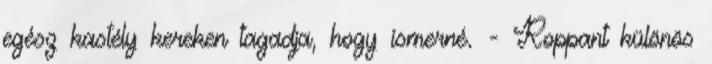
egész kastély kereken tagadja, hogy ismerné. - Roppant különös